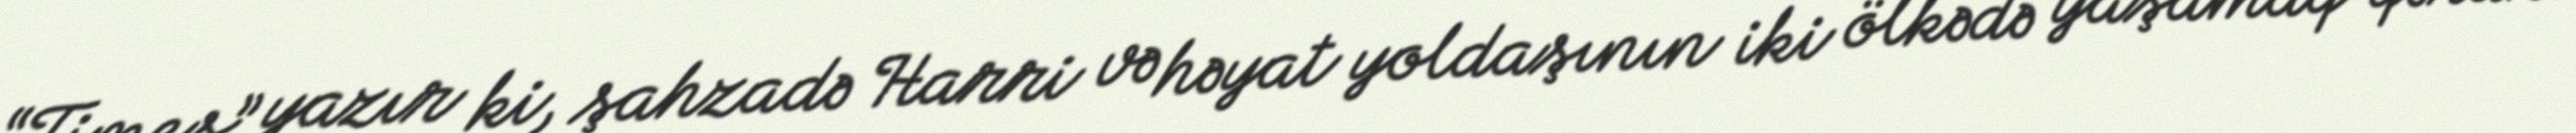
“Times” yazır ki, şahzadə Harri və həyat yoldaşının iki ölkədə yaşamaq qərarı